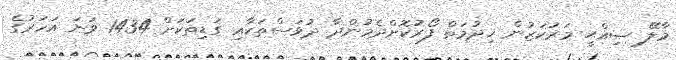
މާލޭ ޞިއްޙީ މަރުކަޒުން ޚިދުމަތް ފޯރުކޮށްދެމުންދާ ދުވަސްތަކާއި ގަޑިތަކަށް 1434 ވަނަ އަހަރުގެ